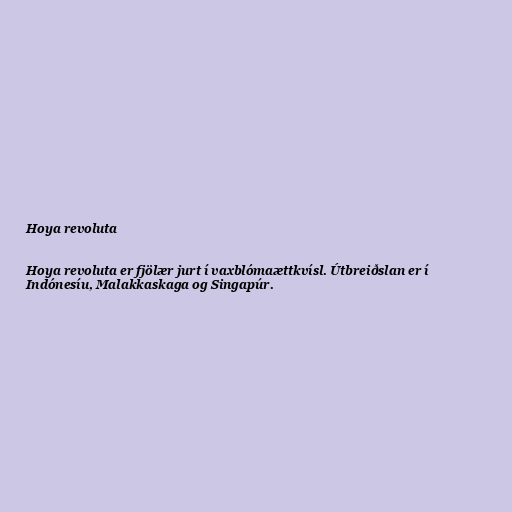
Hoya revoluta

Hoya revoluta er fjölær jurt í vaxblómaættkvísl. Útbreiðslan er í
Indónesíu, Malakkaskaga og Singapúr.